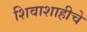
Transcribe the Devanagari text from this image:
शिवाशाहीचे